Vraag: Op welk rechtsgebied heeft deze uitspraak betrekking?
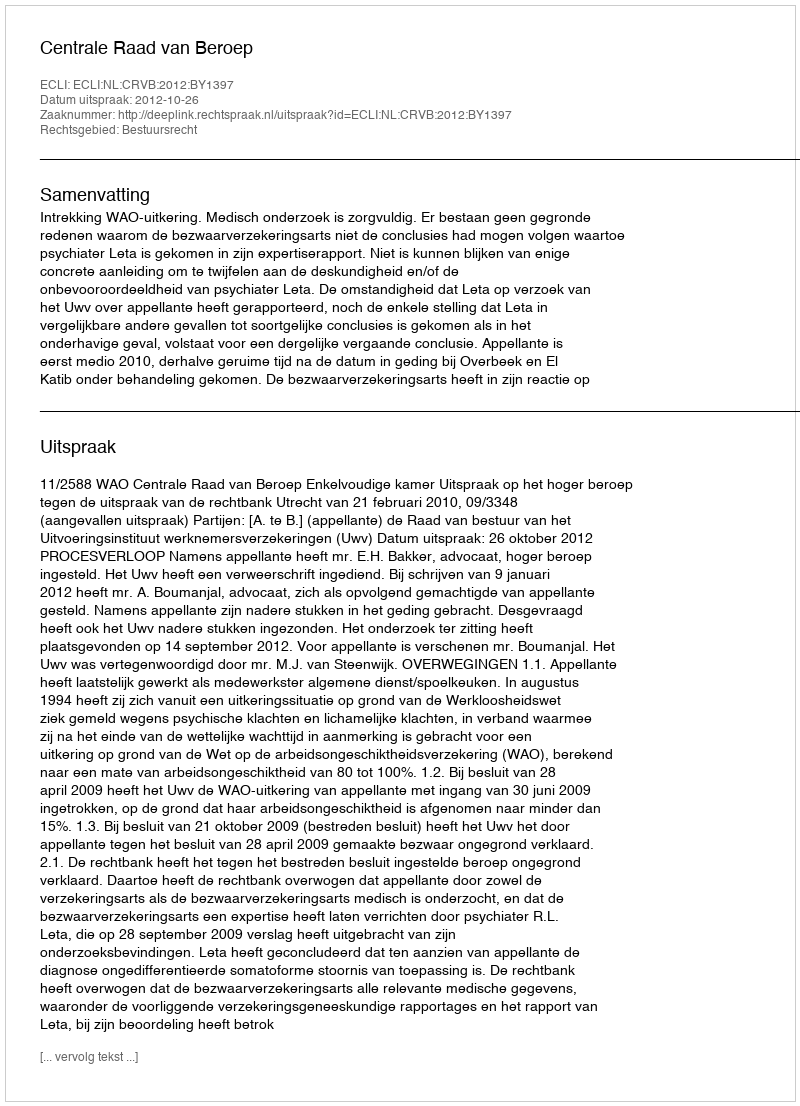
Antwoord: Bestuursrecht